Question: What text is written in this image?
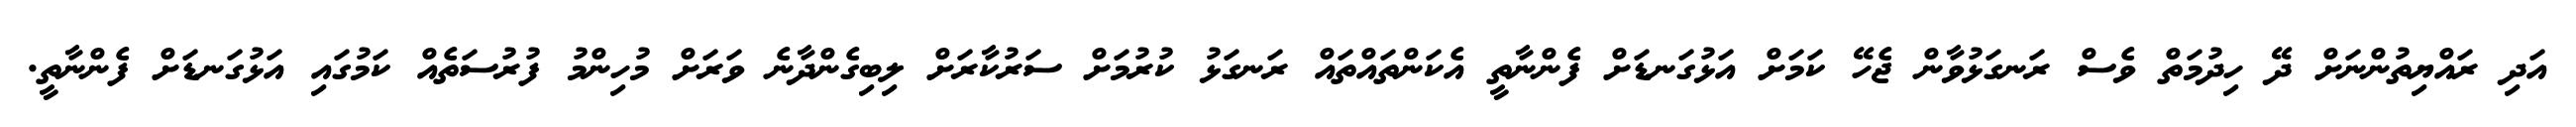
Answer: އަދި ރައްޔިތުންނަށް ދޭ ހިދުމަތް ވެސް ރަނގަޅުވާން ޖެހޭ ކަމަށް އަޅުގަނޑަށް ފެންނާތީ އެކަންތައްތައް ރަނގަޅު ކުރުމަށް ސަރުކާރަށް ލިބިގެންދާނެ ވަރަށް މުހިންމު ފުރުސަތެއް ކަމުގައި އަޅުގަނޑަށް ފެންނާތީ.